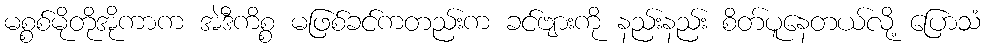
မစ္စစ်မိုတိုအိုကာက အဲဒီကိစ္စ မဖြစ်ခင်ကတည်းက ခင်ဗျားကို နည်းနည်း စိတ်ပူနေတယ်လို့ ပြောသံ